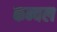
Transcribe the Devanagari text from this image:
कन्वल